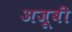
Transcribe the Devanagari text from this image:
अजूबी